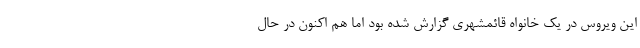
این ویروس در یک خانواه قائمشهری گزارش شده بود اما هم اکنون در حال